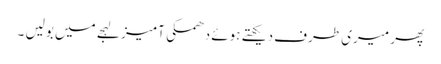
پھر میری طرف دیکھتے ہوئے دھمکی آمیز لہجے میں بولیں ۔